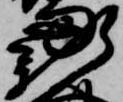
新